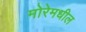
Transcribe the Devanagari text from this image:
मोरेमधील